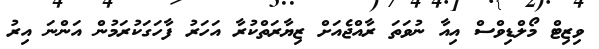
ވިޒިޓް މޯލްޑިވްސް އިއާ ނުވަތަ ރާއްޖެއަށް ޒިޔާރަތްކުރާ އަހަރު ފާހަގަކުރަމުން އަންނަ އިރު